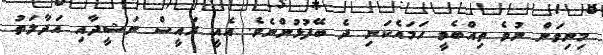
މިނިވަން ނުވެ ތިއްބެވީ ހަމައެކަނި ދެ ބޭފުޅުންނެވެ. އެއީ ރައީސް ނަޝީދާއި އަދާލަތު